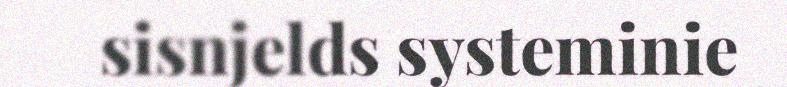
sisnjelds systeminie